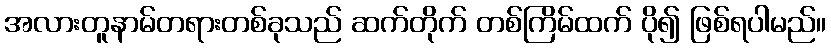
အလားတူနာမ်တရားတစ်ခုသည် ဆက်တိုက် တစ်ကြိမ်ထက် ပို၍ ဖြစ်ရပါမည်။